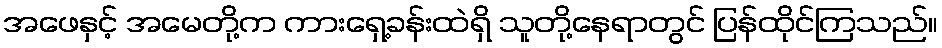
အဖေနှင့် အမေတို့က ကားရှေ့ခန်းထဲရှိ သူတို့နေရာတွင် ပြန်ထိုင်ကြသည်။